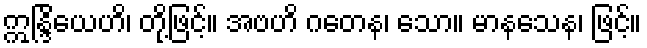
ဣန္ဒြိယေဟိ၊ တို့ဖြင့်။ အဗဟိ ဂတေန၊ သော။ မာနသေန၊ ဖြင့်။